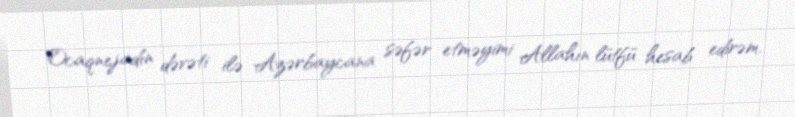
Ocaqnejadın dəvəti ilə Azərbaycana səfər etməyimi Allahın lütfü hesab edirəm.